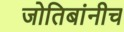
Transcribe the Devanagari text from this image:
जोतिबांनीच